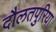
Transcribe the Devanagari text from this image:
दौलतपुरिया